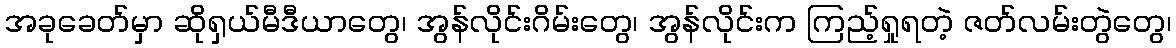
အခုခေတ်မှာ ဆိုရှယ်မီဒီယာတွေ၊ အွန်လိုင်းဂိမ်းတွေ၊ အွန်လိုင်းက ကြည့်ရှုရတဲ့ ဇတ်လမ်းတွဲတွေ၊